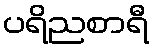
ပရိညစာရီ